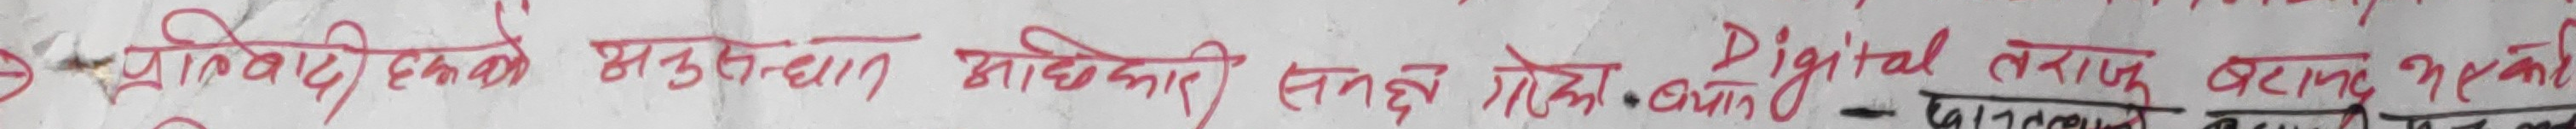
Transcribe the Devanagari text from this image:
पूर्वीय एकदम महत्वपूर्ण जानकारी सतहमा रहेको छन् Digital तराजु बताउनु भएको